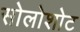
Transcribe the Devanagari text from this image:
सोलोशोट